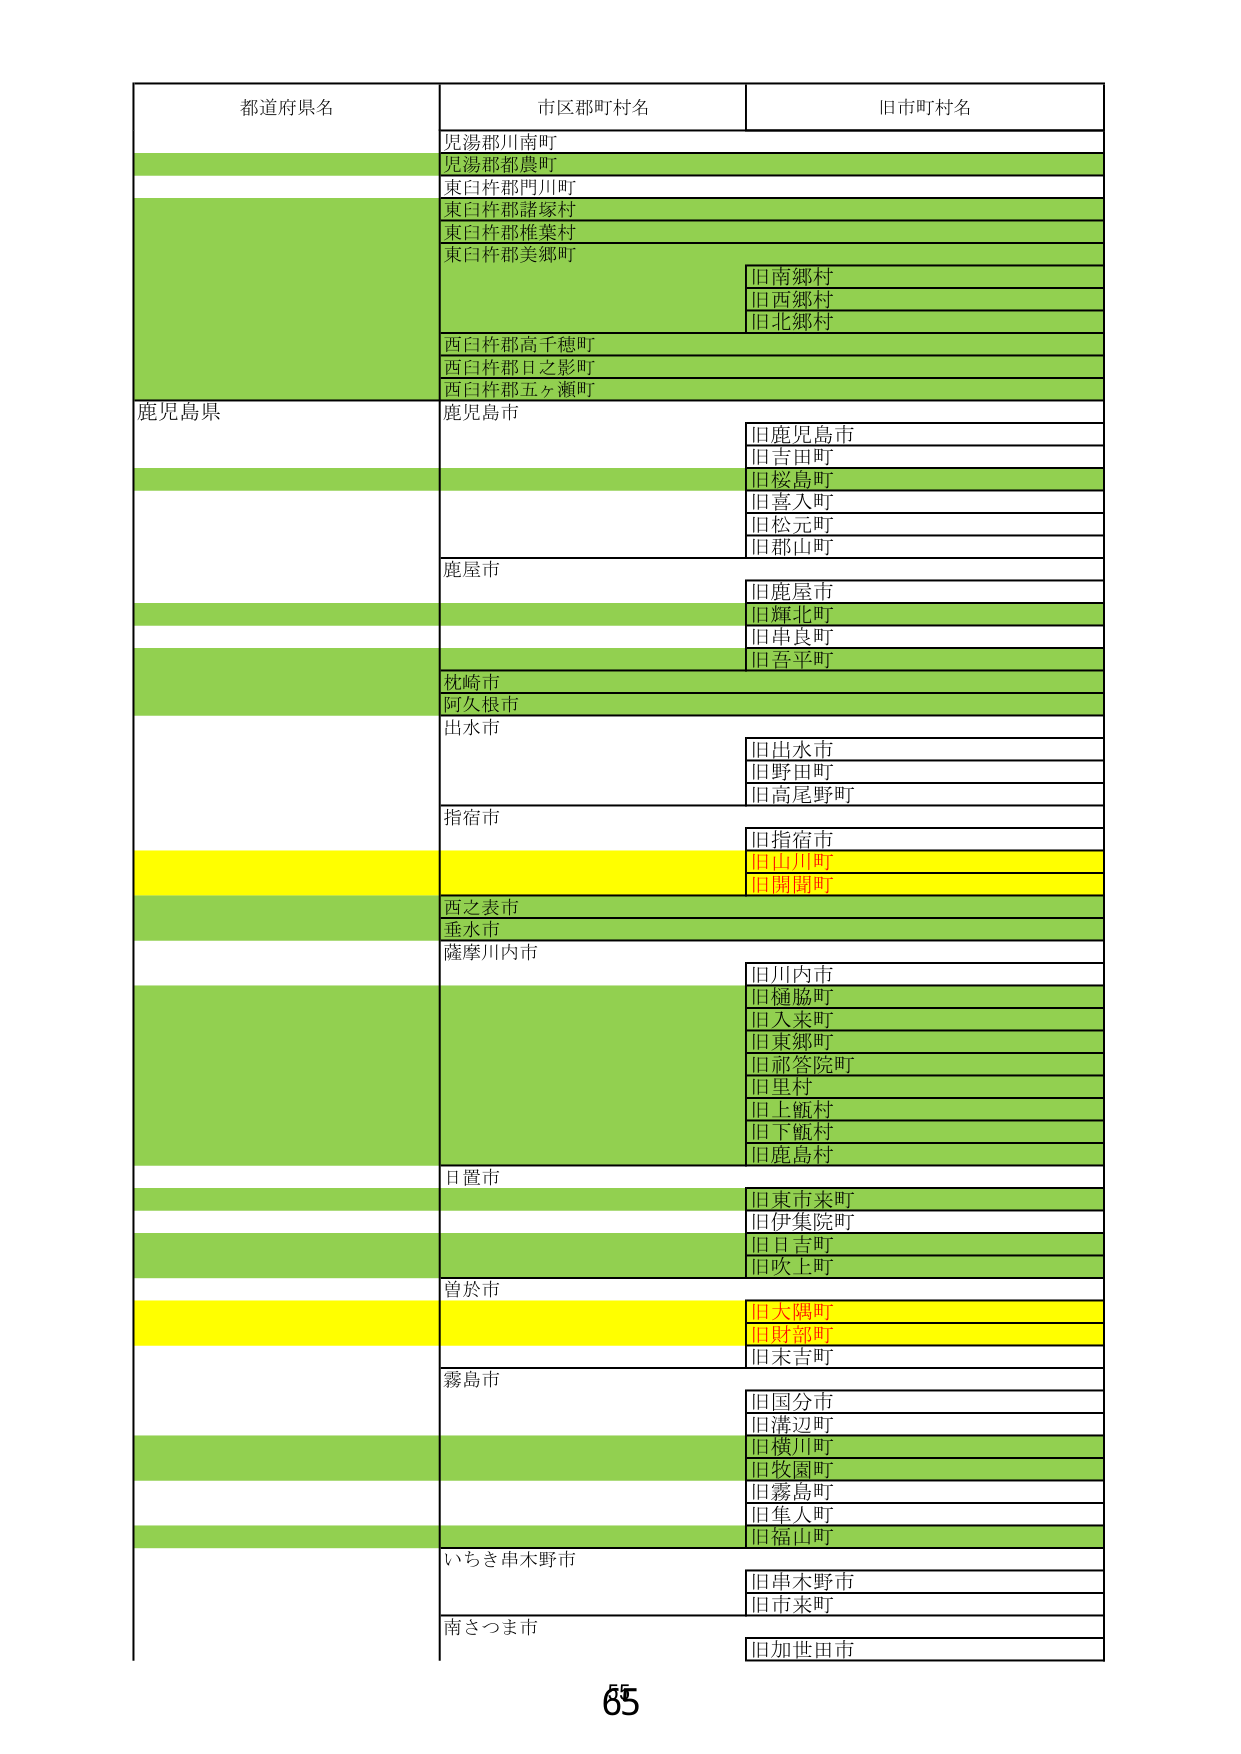
都道府県名 市区郡町村名 旧市町村名
児湯郡川南町
児湯郡都農町
東臼杵郡門川町
東臼杵郡諸塚村
東臼杵郡椎葉村
東臼杵郡美郷町
旧南郷村
旧西郷村
旧北郷村
西臼杵郡高千穂町
西臼杵郡日之影町
西臼杵郡五ヶ瀬町
鹿児島県 鹿児島市
旧鹿児島市
旧吉田町
旧桜島町
旧喜入町
旧松元町
旧郡山町
鹿屋市
旧鹿屋市
旧輝北町
旧串良町
旧吾平町
枕崎市
阿久根市
出水市
旧出水市
旧野田町
旧高尾野町
指宿市
旧指宿市
旧山川町
旧開聞町
西之表市
垂水市
薩摩川内市
旧川内市
旧樋脇町
旧入来町
旧東郷町
旧祁答院町
旧里村
旧上甑村
旧下甑村
旧鹿島村
日置市
旧東市来町
旧伊集院町
旧日吉町
旧吹上町
曽於市
旧大隅町
旧財部町
旧末吉町
霧島市
旧国分市
旧満辺町
旧横川町
旧牧園町
旧霧島町
旧隼人町
旧福山町
いちき串木野市
旧串木野市
旧市来町
南さつま市
旧加世田市
65